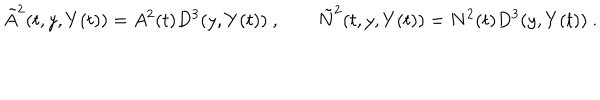
LaTeX: \tilde { A } ^ { 2 } ( t , y , Y ( t ) ) = A ^ { 2 } ( t ) D ^ { 3 } ( y , Y ( t ) ) \ , \qquad \tilde { N } ^ { 2 } ( t , y , Y ( t ) ) = N ^ { 2 } ( t ) D ^ { 3 } ( y , Y ( t ) ) \ .